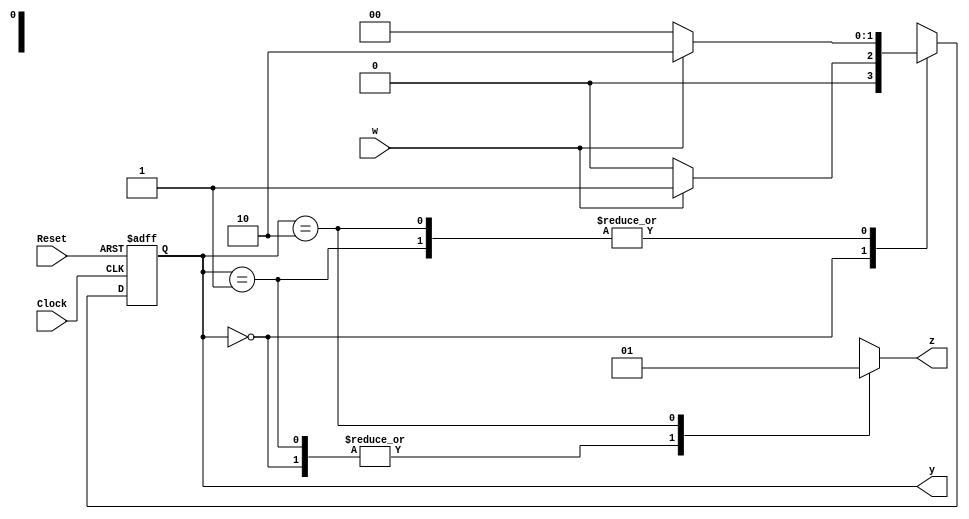
module Moore_FSM_Method2(Clock, Reset, w, z, y);
	input Clock, Reset;
	input w;   ////External input of Moore FSM
	output reg z;   ////Combinational of Moore FSM
	output reg [1:0] y;      ////Present-state of Moore FSM

	reg [1:0] Y;     ////Next-state of Moore FSM
	
	//////State-assignments//////////
	parameter [1:0] A = 2'b00, B = 2'b01, C = 2'b10;
 
 	
 	
 	
 	
 	//////////////////////////////////////////////////////
	//// Define the combinational circuits  for next-state
	always @(*)
	begin
		////Combinational circuit for next-state
		case (y)
			A: if (w==1'b1)
				Y = B;
			   else   
				Y = A;
			B: if (w==1'b1)	
				Y = C;
			   else    
				Y = A;
			C: if (w==1'b1)	
				Y = C;
			   else    
				Y = A;
			default: 	
				Y = 2'bxx;
		endcase
    end
    
    
    
    
    
    
    /////////////////////////////////////////
	///Combinational circuit for output
	always @(*)
	begin
		
		case (y)
			A: 
				z = 1'b0;
			B: 
				z = 1'b0;
			C: 
				z = 1'b1;
			default:
				z = 1'bx; 
		endcase				
	end 	


	
	// Define the sequencing element ////Flip-flops//////////	
	always @(posedge Reset, posedge Clock)
	begin
		if (Reset == 1'b1)	
			y <= A;
		else	           
			y <= Y;
	end

	
	 
endmodule